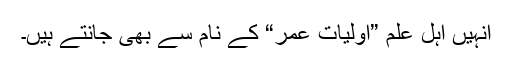
انہیں اہل علم ”اولیات عمر“ کے نام سے بھی جانتے ہیں۔